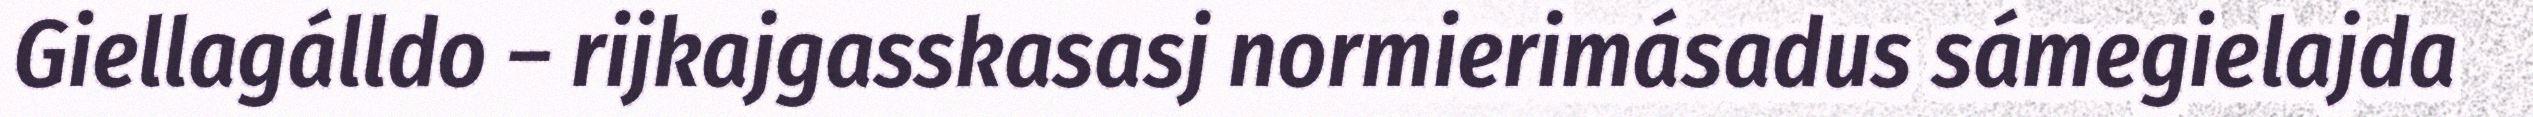
Giellagálldo – rijkajgasskasasj normierimásadus sámegielajda